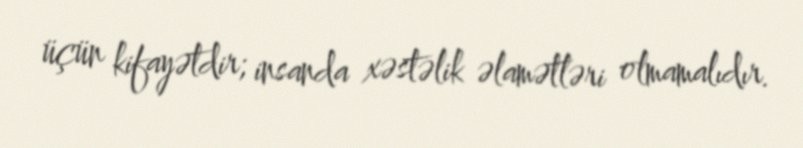
üçün kifayətdir; insanda xəstəlik əlamətləri olmamalıdır.